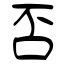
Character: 否